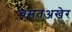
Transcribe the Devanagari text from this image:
वसंतअखेर